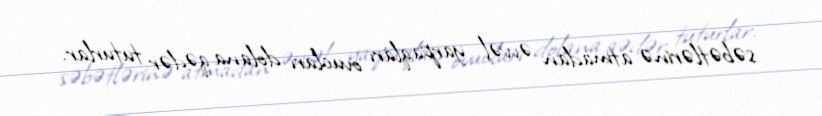
səbətlərinə atmadan əvvəl yarpaqları ovucları dolana qədər tuturlar.